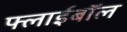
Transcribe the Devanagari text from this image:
फ्लाईबॉल